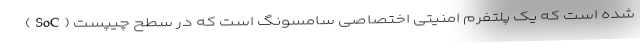
شده است که یک پلتفرم امنیتی اختصاصی سامسونگ است که در سطح چیپست (SoC)